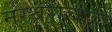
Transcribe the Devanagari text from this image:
नरथराचीही